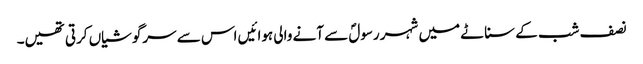
نصف شب کے سناٹے میں شہر رسولؐ سے آنے والی ہوائیں اس سے سرگوشیاں کرتی تھیں۔